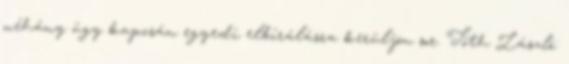
néhány ügy kapcsán egyedi elbírálásra kerüljön sor. Tóth László: